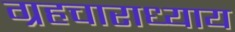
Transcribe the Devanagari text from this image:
ग्रहचाराध्याय